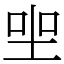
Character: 𡋑